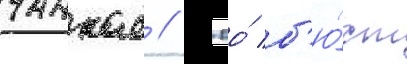
чанкае // Ео́ б'ю́ст